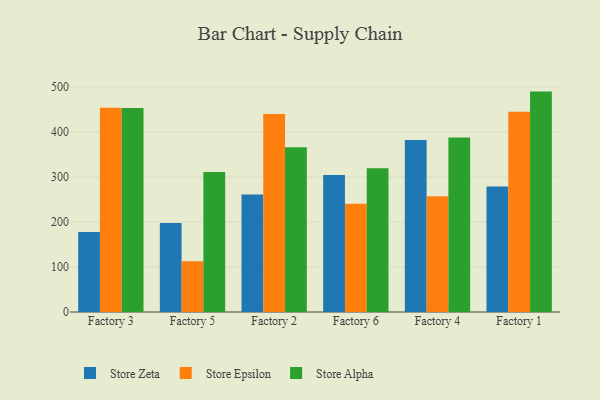
{"axis": {"x": "Factory", "y": "Customer Acquisition Cost (USD)"}, "legend": ["Store Alpha", "Store Epsilon", "Store Zeta"], "data": [{"x": "Factory 3", "y": 177.6, "type": "Store Zeta"}, {"x": "Factory 3", "y": 454.0, "type": "Store Epsilon"}, {"x": "Factory 3", "y": 453.2, "type": "Store Alpha"}, {"x": "Factory 5", "y": 197.9, "type": "Store Zeta"}, {"x": "Factory 5", "y": 112.9, "type": "Store Epsilon"}, {"x": "Factory 5", "y": 311.1, "type": "Store Alpha"}, {"x": "Factory 2", "y": 261.1, "type": "Store Zeta"}, {"x": "Factory 2", "y": 439.8, "type": "Store Epsilon"}, {"x": "Factory 2", "y": 366.2, "type": "Store Alpha"}, {"x": "Factory 6", "y": 304.4, "type": "Store Zeta"}, {"x": "Factory 6", "y": 240.4, "type": "Store Epsilon"}, {"x": "Factory 6", "y": 319.6, "type": "Store Alpha"}, {"x": "Factory 4", "y": 382.0, "type": "Store Zeta"}, {"x": "Factory 4", "y": 257.2, "type": "Store Epsilon"}, {"x": "Factory 4", "y": 387.8, "type": "Store Alpha"}, {"x": "Factory 1", "y": 279.0, "type": "Store Zeta"}, {"x": "Factory 1", "y": 445.1, "type": "Store Epsilon"}, {"x": "Factory 1", "y": 489.8, "type": "Store Alpha"}]}